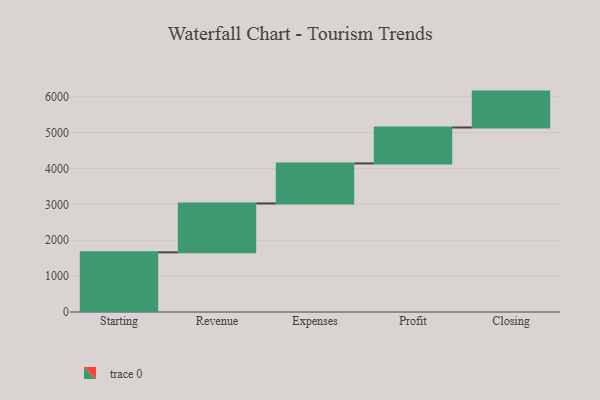
{"axis": {"x": "Step", "y": "Value"}, "legend": [""], "data": [{"x": "Starting", "y": 1662.0, "type": ""}, {"x": "Revenue", "y": 1362.0, "type": ""}, {"x": "Expenses", "y": 1115.0, "type": ""}, {"x": "Profit", "y": 1001.0, "type": ""}, {"x": "Closing", "y": 1000, "type": ""}]}